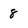
Character: 8